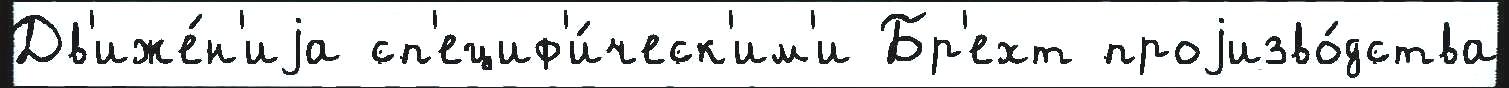
Дв'иже́н'иjа сп'ециф'и́ческ'им'и Бр'ехт проjизво́дства